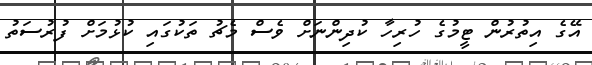
އޭގެ އިތުރުން ޓީމުގެ ހުރިހާ ކުދިންނަށް ވެސް މެޗު ތަކުގައި ކުޅުމަށް ފުރުސަތު